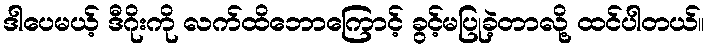
ဒါပေမယ့် ဒီဂိုးကို လက်ထိဘောကြောင့် ခွင့်မပြုခဲ့တာလို့ ထင်ပါတယ်။